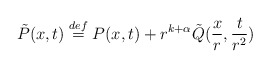
\begin{align*}\tilde P(x,t) \overset{def}{=} P(x,t) + r^{k+\alpha} \tilde Q(\frac{x}{r},\frac{t}{r^2})\end{align*}